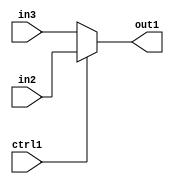
`timescale 1ps / 1ps
/*****************************************************************************
    Verilog RTL Description
    
    
    Created by: Stratus DpOpt 2019.1.01 
*******************************************************************************/

module DC_Filter_N_Mux_32_2_3_4 (
	in3,
	in2,
	ctrl1,
	out1
	); /* architecture "behavioural" */ 
input [31:0] in3,
	in2;
input  ctrl1;
output [31:0] out1;
wire [31:0] asc001;

reg [31:0] asc001_tmp_0;
assign asc001 = asc001_tmp_0;
always @ (ctrl1 or in2 or in3) begin
	case (ctrl1)
		1'B1 : asc001_tmp_0 = in2 ;
		default : asc001_tmp_0 = in3 ;
	endcase
end

assign out1 = asc001;
endmodule

/* CADENCE  uLX0TAw= : u9/ySgnWtBlWxVPRXgAZ4Og= ** DO NOT EDIT THIS LINE ******/